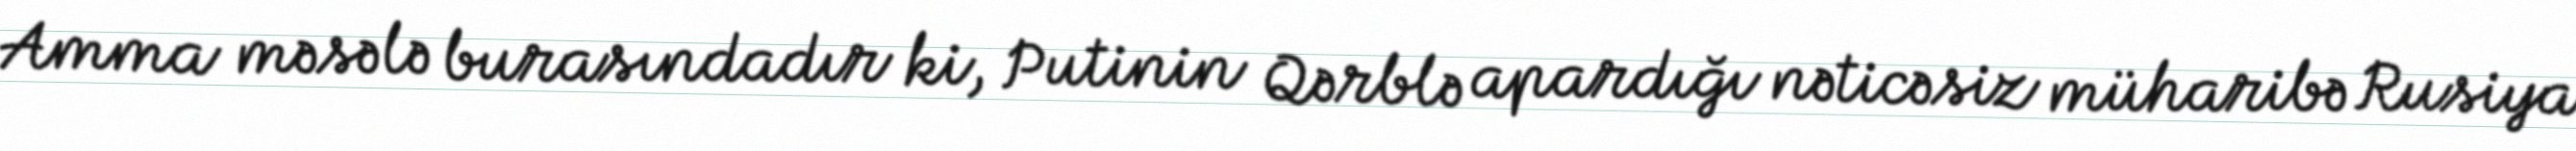
Amma məsələ burasındadır ki, Putinin Qərblə apardığı nəticəsiz müharibə Rusiya